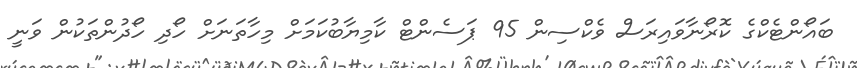
ބައޯންޓެކްގެ ކޮރޯނާވައިރަސް ވެކްސިން 95 ޕަސެންޓް ކާމިޔާބުކަމަށް މިހާތަނަށް ހޯދި ހޯދުންތަކުން ވަނީ